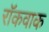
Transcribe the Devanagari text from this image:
रॉकवाक